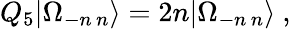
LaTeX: Q_{5}|\Omega_{-n\, n}\rangle=2n|\Omega_{-n\, n}\rangle\ ,